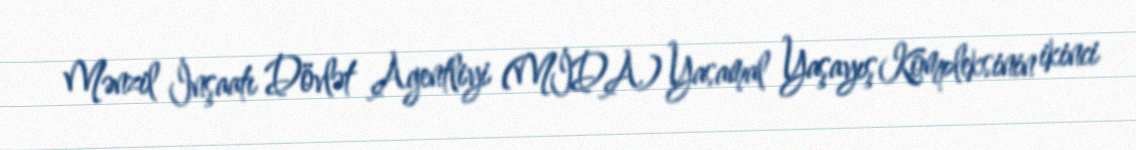
Mənzil İnşaatı Dövlət Agentliyi (MİDA) Yasamal Yaşayış Kompleksinin ikinci